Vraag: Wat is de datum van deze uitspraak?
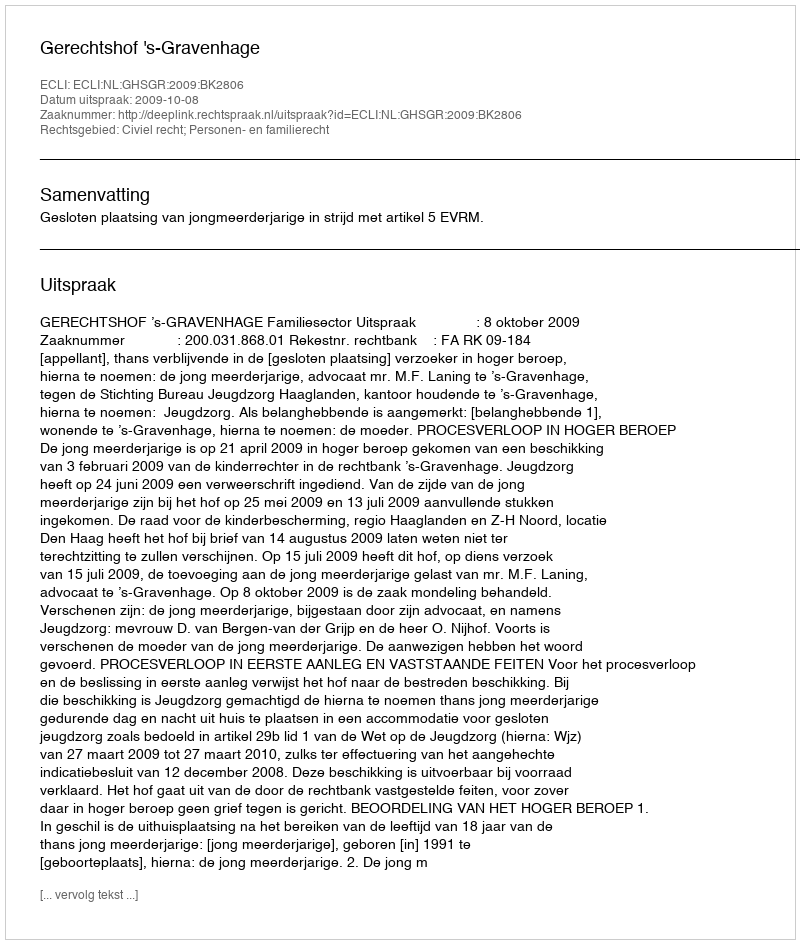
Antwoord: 2009-10-08